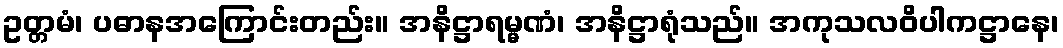
ဥတ္တမံ၊ ပဓာနအကြောင်းတည်း။ အနိဋ္ဌာရမ္မဏံ၊ အနိဋ္ဌာရုံသည်။ အကုသလဝိပါကဋ္ဌာနေ၊